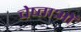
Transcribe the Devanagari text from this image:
चेष्ताओं